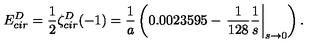
E _ { c i r } ^ { D } = \frac { 1 } { 2 } \zeta _ { c i r } ^ { D } ( - 1 ) = \frac { 1 } { a } \left( 0 . 0 0 2 3 5 9 5 - \left. \frac { 1 } { 1 2 8 } \frac { 1 } { s } \right| _ { s \to 0 } \right) .